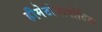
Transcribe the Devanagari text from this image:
हीमेटोपायोटिक